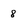
Character: 8